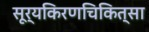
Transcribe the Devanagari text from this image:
सूर्यकिरणचिकित्सा